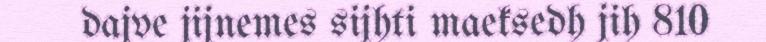
dajve jijnemes sijhti maeksedh jih 810